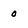
Character: o